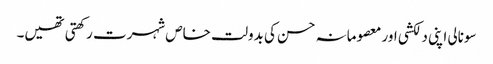
سونالی اپنی دلکشی اور معصومانہ حسن کی بدولت خاص شہرت رکھتی تھیں۔